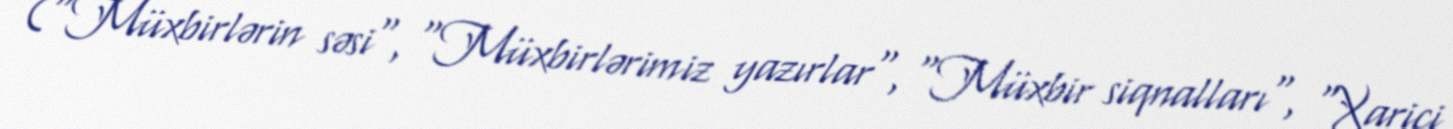
("Müxbirlərin səsi", "Müxbirlərimiz yazırlar", "Müxbir siqnalları", "Xarici